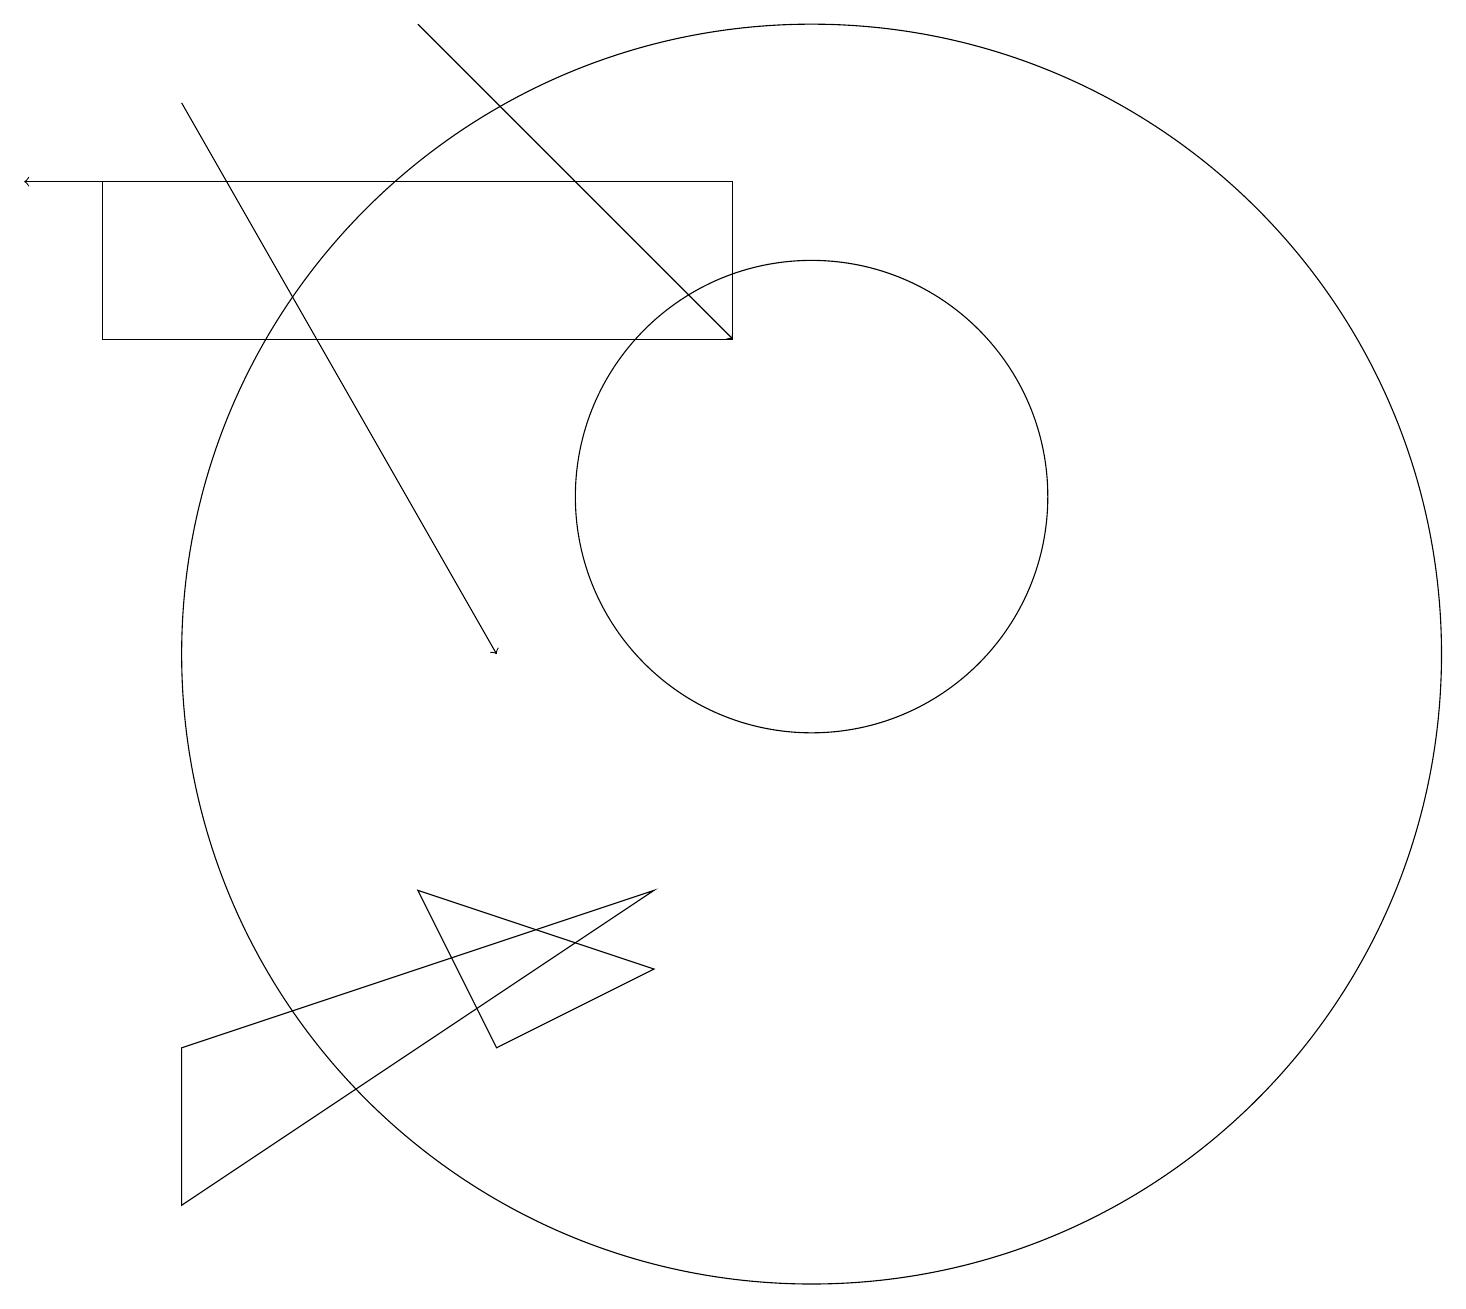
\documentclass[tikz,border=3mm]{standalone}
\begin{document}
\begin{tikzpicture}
\draw (8,6) -- (6,5) -- (5,7) -- cycle;
\draw (10,12) circle (3);
\draw (10,10) circle (8);
\draw (9,16) rectangle (1,14);
\draw[->] (4,16) -- (0,16);
\draw (2,3) -- (8,7) -- (2,5) -- cycle;
\draw[->] (5,18) -- (9,14);
\draw[->] (2,17) -- (6,10);
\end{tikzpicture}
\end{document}